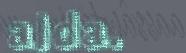
alda.